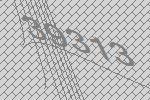
39313